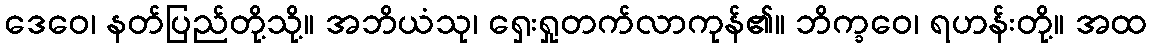
ဒေဝေ၊ နတ်ပြည်တို့သို့။ အဘိယံသု၊ ရှေးရှုတက်လာကုန်၏။ ဘိက္ခဝေ၊ ရဟန်းတို့။ အထ